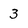
Character: 3